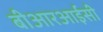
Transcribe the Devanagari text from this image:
बीआरआईसी